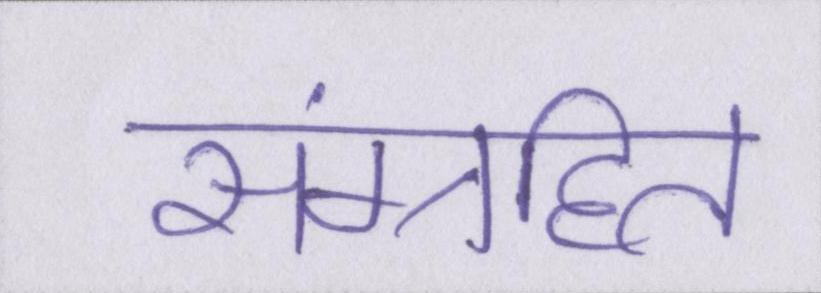
संग्रहित